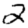
Digit: 2